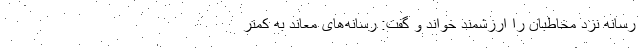
رسانه نزد مخاطبان را ارزشمند خواند و گفت: رسانه‌های معاند به کمتر